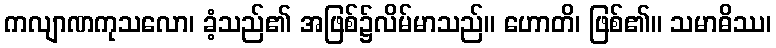
ကလျာဏကုသလော၊ ခံ့သည်၏ အဖြစ်၌လိမ်မာသည်။ ဟောတိ၊ ဖြစ်၏။ သမာဓိဿ၊